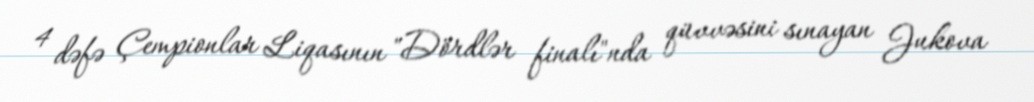
4 dəfə Çempionlar Liqasının "Dördlər finalı"nda qüvvəsini sınayan Jukova